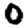
Digit: 0